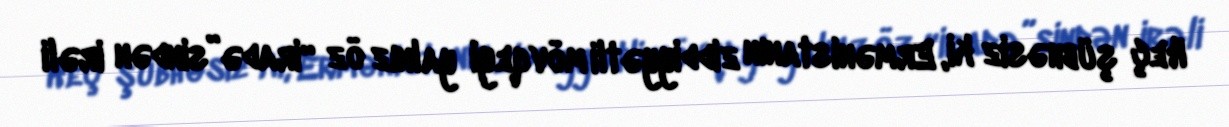
Heç şübhəsiz ki, Ermənistanın ziddiyyətli mövqeyi yalnız öz “iradə”sindən irəli